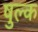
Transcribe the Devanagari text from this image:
षुल्क